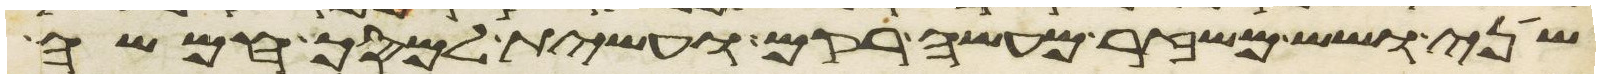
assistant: שני ושש משזר מעשה רקם ועשית למסך חמשה